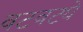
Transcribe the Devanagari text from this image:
वटवट्ये